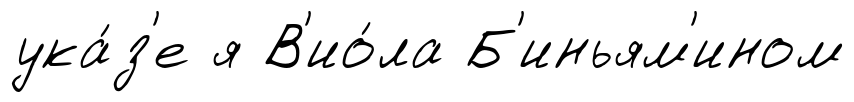
ука́з'е я В'ио́ла Б'иньям'ином